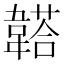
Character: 𩏒